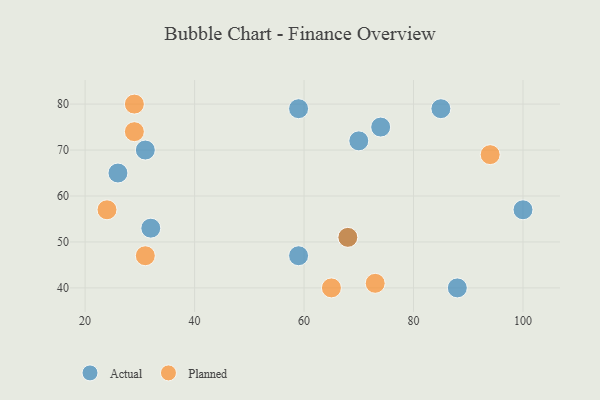
{"axis": {"x": "GDP", "y": "Life Expectancy"}, "legend": ["Actual", "Planned"], "data": [{"x": "31", "y": 70, "type": "Actual"}, {"x": "68", "y": 51, "type": "Actual"}, {"x": "100", "y": 57, "type": "Actual"}, {"x": "85", "y": 79, "type": "Actual"}, {"x": "88", "y": 40, "type": "Actual"}, {"x": "59", "y": 79, "type": "Actual"}, {"x": "26", "y": 65, "type": "Actual"}, {"x": "74", "y": 75, "type": "Actual"}, {"x": "32", "y": 53, "type": "Actual"}, {"x": "70", "y": 72, "type": "Actual"}, {"x": "59", "y": 47, "type": "Actual"}, {"x": "68", "y": 51, "type": "Planned"}, {"x": "65", "y": 40, "type": "Planned"}, {"x": "73", "y": 41, "type": "Planned"}, {"x": "31", "y": 47, "type": "Planned"}, {"x": "24", "y": 57, "type": "Planned"}, {"x": "29", "y": 80, "type": "Planned"}, {"x": "94", "y": 69, "type": "Planned"}, {"x": "29", "y": 74, "type": "Planned"}]}